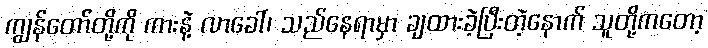
ကျွန်တော်တို့ကို ကားနဲ့ လာခေါ်၊ သည်နေရာမှာ ချထားခဲ့ပြီးတဲ့နောက် သူတို့ကတော့